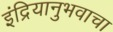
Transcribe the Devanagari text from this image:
इंद्रियानुभवाचा